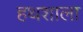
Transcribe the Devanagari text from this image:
हथशाला